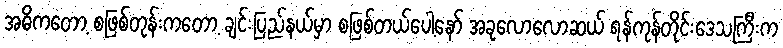
အဓိကတော့ စဖြစ်တုန်းကတော့ ချင်းပြည်နယ်မှာ စဖြစ်တယ်ပေါ့နော် အခုလောလောဆယ် ရန်ကုန်တိုင်းဒေသကြီးက